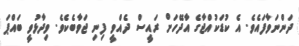
ދަންނަވާފައެވެ. އެ ކުޑަކުއްޖާގެ އާދޭހަށް ރައީސް ދެއްވީ ފިނި ޖަވާބެކެވެ. ވިދާޅުވީ ބައްޕަ